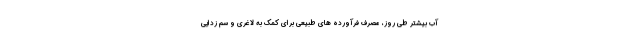
آب بیشتر طی روز، مصرف فرآورده های طبیعی برای کمک به لاغری و سم زدایی